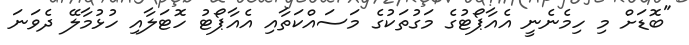
"ބޮޑަށް މި ހިމެނެނީ އެއާޕޯޓުގެ މަގުތަކުގެ މަސައްކަތާއި އެއާޕޯޓު ހޮޓަލާއި ހުޅުމާލޭ ދެވަނަ